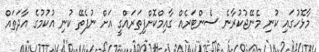
މާޅޮހުގައި ކުނި މެނޭޖުކުރާނެ ސެންޓަރެއް ގާއިމްކޮށްފިތަރައްގީ އަށް ނުފެތޭ ކުނި އުކުމުގެ އާދަތައް